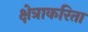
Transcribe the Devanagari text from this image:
क्षेत्राकरिता